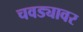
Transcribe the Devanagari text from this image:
चवड्यावर